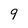
Character: 9